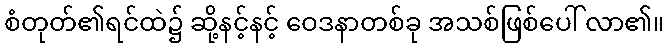
စံတုတ်၏ရင်ထဲ၌ ဆို့နင့်နင့် ဝေဒနာတစ်ခု အသစ်ဖြစ်ပေါ် လာ၏။